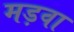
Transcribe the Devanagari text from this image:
मड़वा